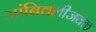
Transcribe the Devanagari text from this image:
आंबिवलीजवळ